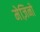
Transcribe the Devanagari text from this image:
मेज़िनो